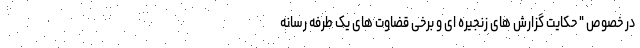
در خصوص " حکایت گزارش های زنجیره ای و برخی قضاوت های یک طرفه رسانه